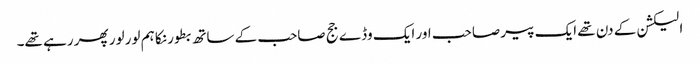
الیکشن کے دن تھے ایک پیر صاحب اور ایک وڈے جج صاحب کے ساتھ بطور نکا ہم لور لور پھر رہے تھے۔